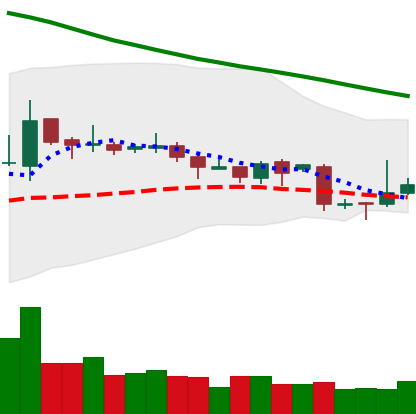
Ticker: TRX-USD
Chart end date: 2018-11-02
Forward return: 3.998%
Label: up_3_5